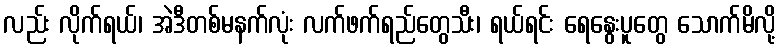
လည်း လိုက်ရယ်၊ အဲဒီတစ်မနက်လုံး လက်ဖက်ရည်တွေသီး၊ ရယ်ရင်း ရေနွေးပူတွေ သောက်မိလို့